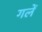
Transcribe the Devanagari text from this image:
गलें